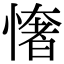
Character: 㦋